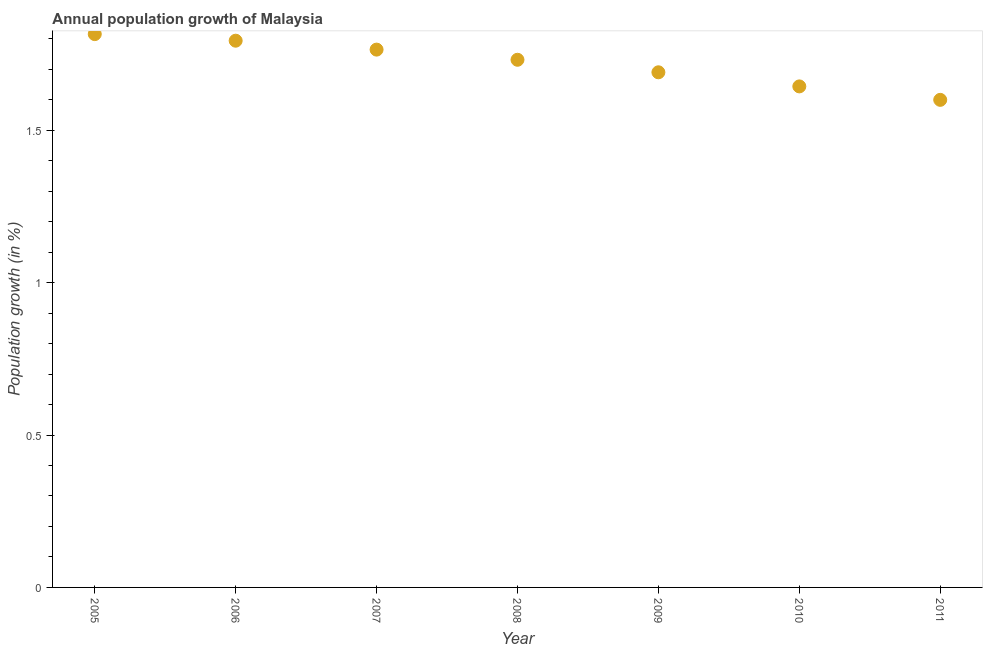
| Year | Population growth |
 | --- | --- |
 | 2005 | 1.82 |
 | 2006 | 1.79 |
 | 2007 | 1.76 |
 | 2008 | 1.73 |
 | 2009 | 1.69 |
 | 2010 | 1.64 |
 | 2011 | 1.6 |